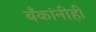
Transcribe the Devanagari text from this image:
बँकांनीही